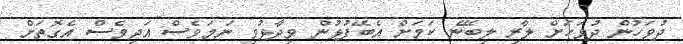
ދުވަހުން ދުވަހަށް ލާރި ލިބޭނެ ކަމަށް އެބޭފުޅުން ވިދާޅުވި ނަމަވެސް އަދިވެސް އެގޮތަށް